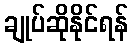
ချုပ်ဆိုနိုင်ရန်